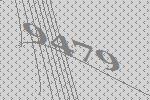
9479